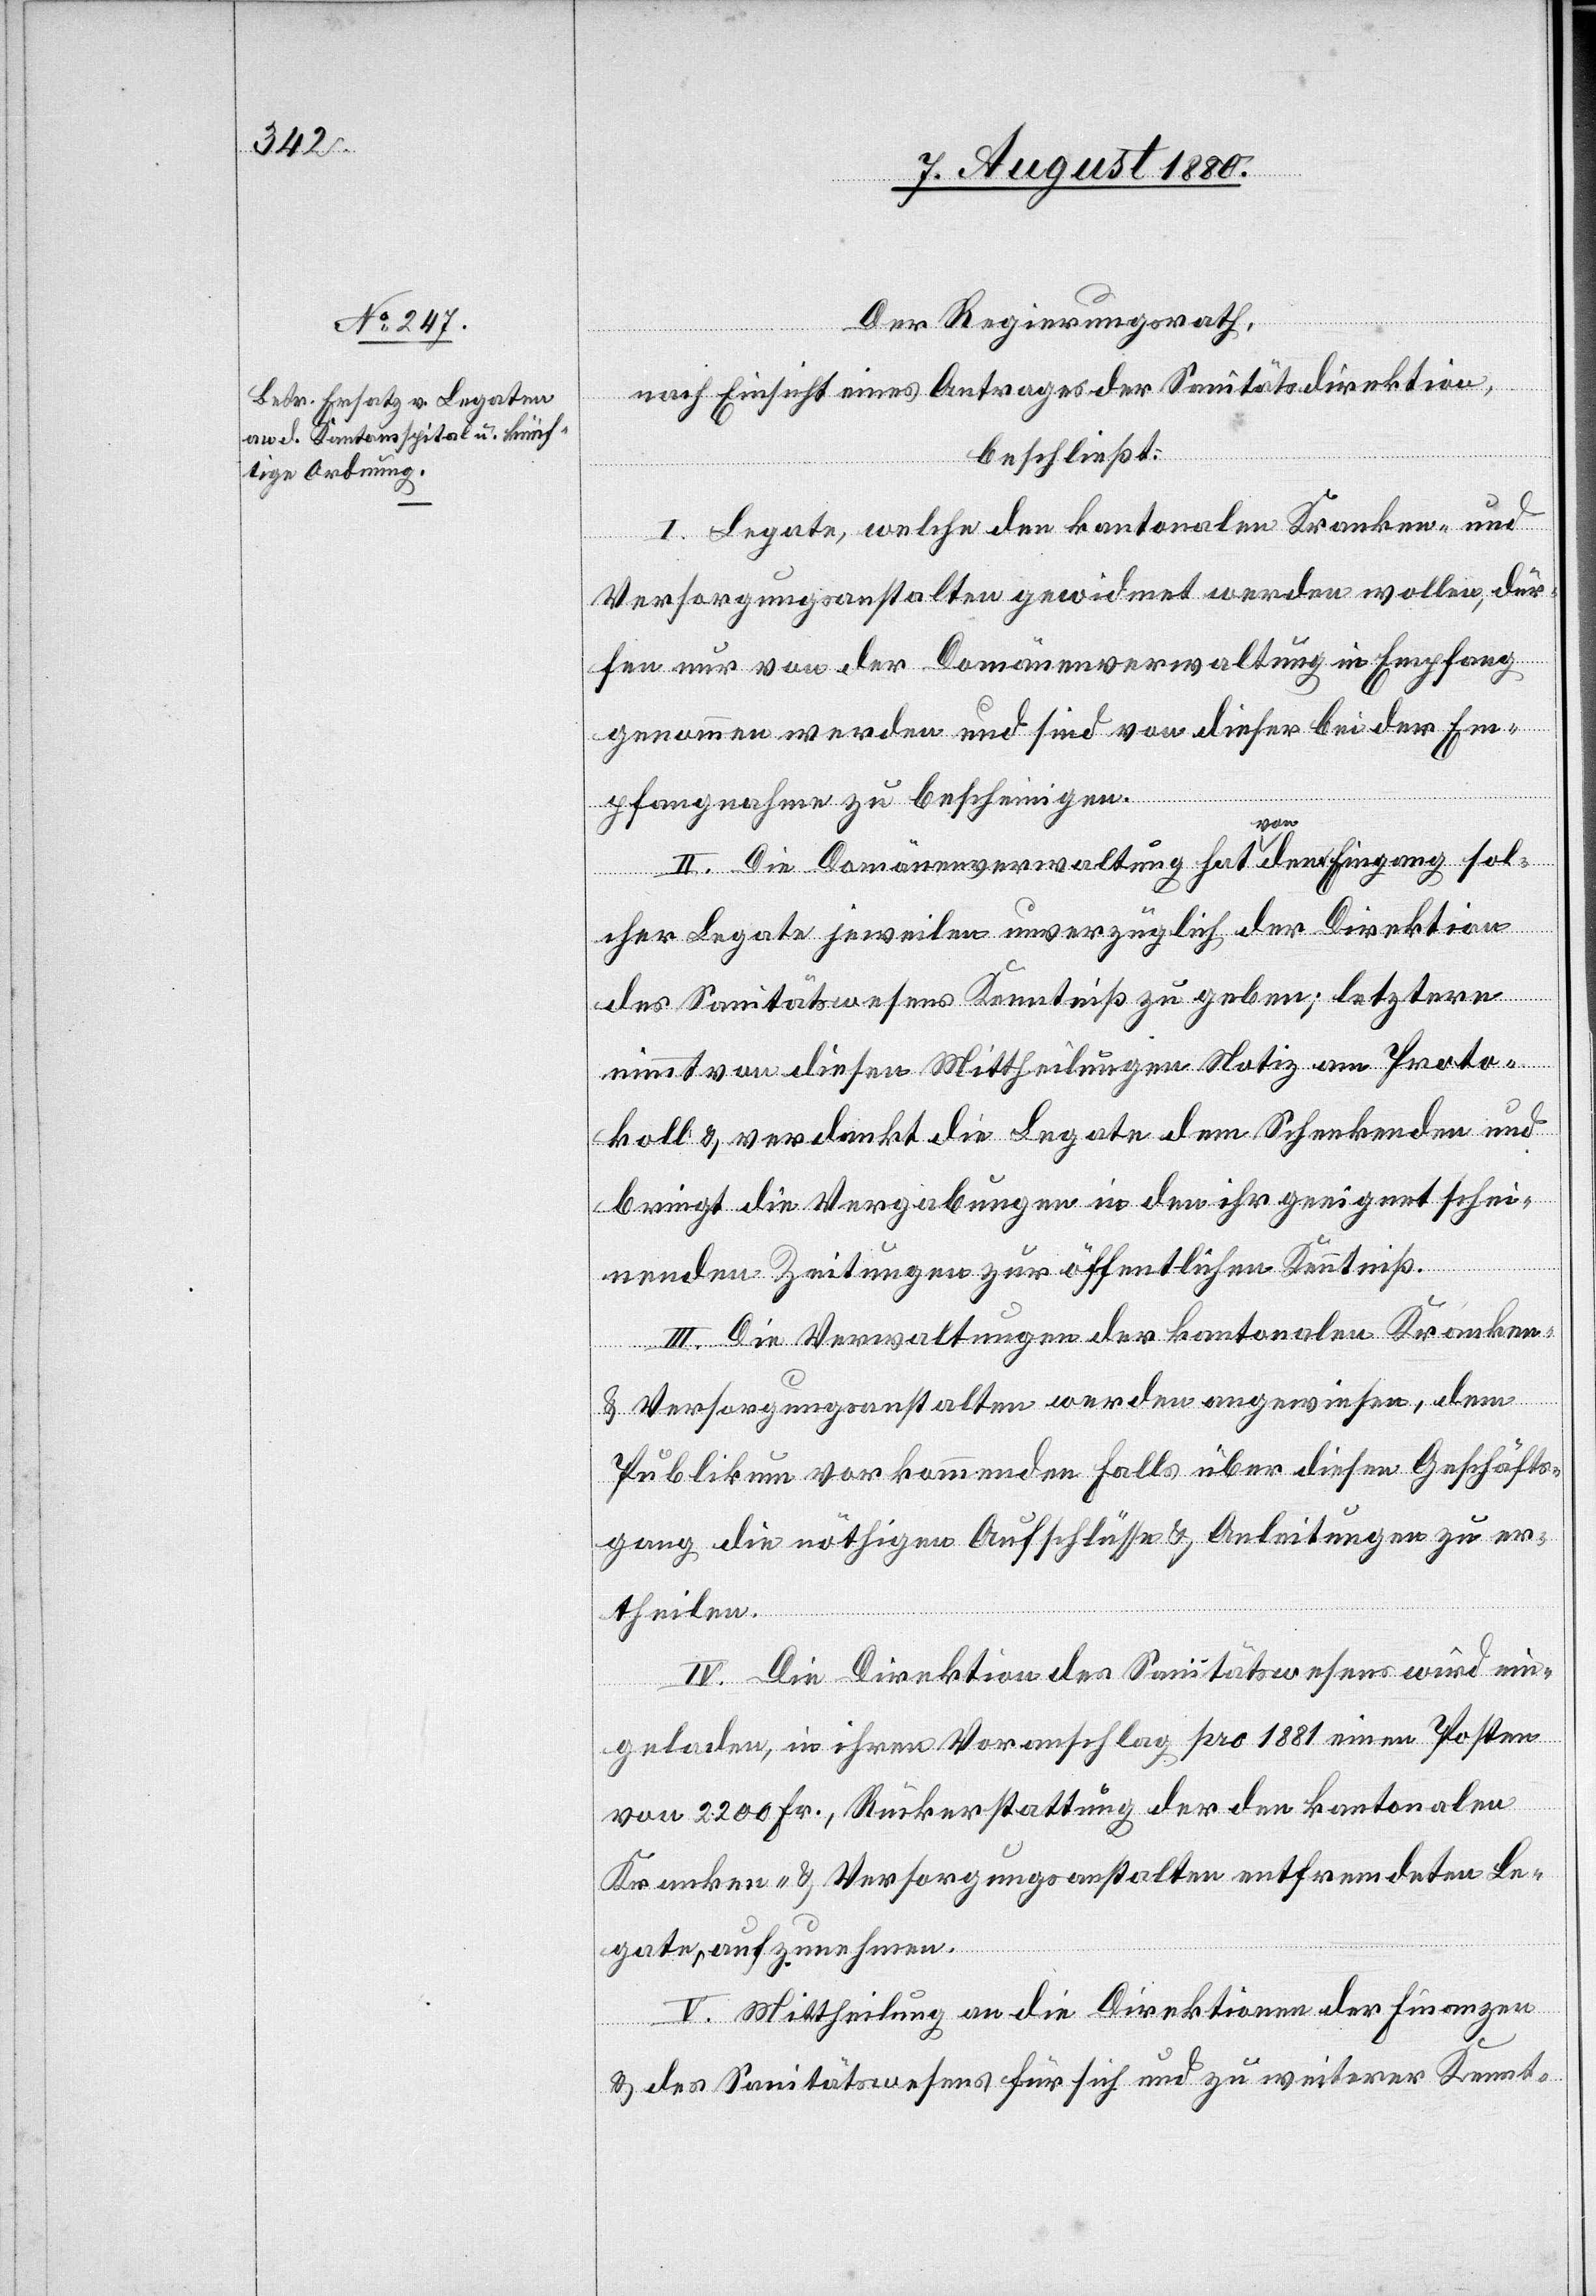
Der Regierungsrath,
nach Einsicht eines Antrages der Sanitätsdirektion,
beschließt:
I. Legate, welche den kantonalen Kranken- und
Versorgungsanstalten gewidmet werden wollen, dür¬
fen nur von der Domänenverwaltung in Empfang
genommen werden und sind von dieser bei der Em¬
pfangnahme zu bescheinigen.
II. Die Domänenverwaltung hat von dem Eingang sol¬
cher Legat jeweilen unverzüglich der Direktion
des Sanitätswesens Kenntniß zu geben; letztere
nimmt von diesen Mittheilungen Notiz am Proto¬
koll & verdankt die Legate dem Schenkenden und
bringt die Vergabungen in den ihr geeignet schei¬
nenden Zeitungen zur öffentlichen Kenntniß.
III. Die Verwaltungen der kantonalen Kranken-
& Versorgungsanstalten werden angewiesen, dem
Publikum vorkommenden Falls über diesen Geschäfts¬
gang die nöthigen Aufschlüsse & Anleitungen zu er¬
theilen.
IV. Die Direktion des Sanitätswesens wird ein¬
geladen, in ihrem Voranschlag pro 1881 einen Posten
von 2200 Fr., Rückerstattung der den kantonalen
Kranken- & Versorgungsanstalten entfremdeten Le¬
gate, aufzunehmen.
V. Mittheilung an die Direktionen der Finanzen
& des Sanitätswesens für sich und zu weiterer Kennt-